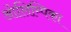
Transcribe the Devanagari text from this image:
ओलिम्पिका